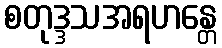
စတုဒ္ဒသအရဟန္တေ